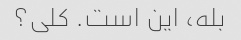
بله، این است. کلی؟